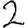
Digit: 2